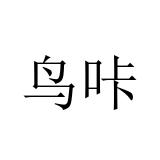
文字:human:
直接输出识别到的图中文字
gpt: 鸟咔